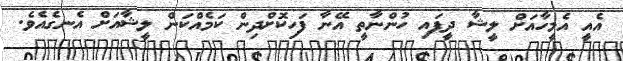
އެއީ އެމީހާއަށް ލީޝާ ދީފައި ހުންނާތީ އޭނާ ފަހިކޮށްދިން ކަމެއްކަން ލީޝާއަށް އެނގެއެވެ.